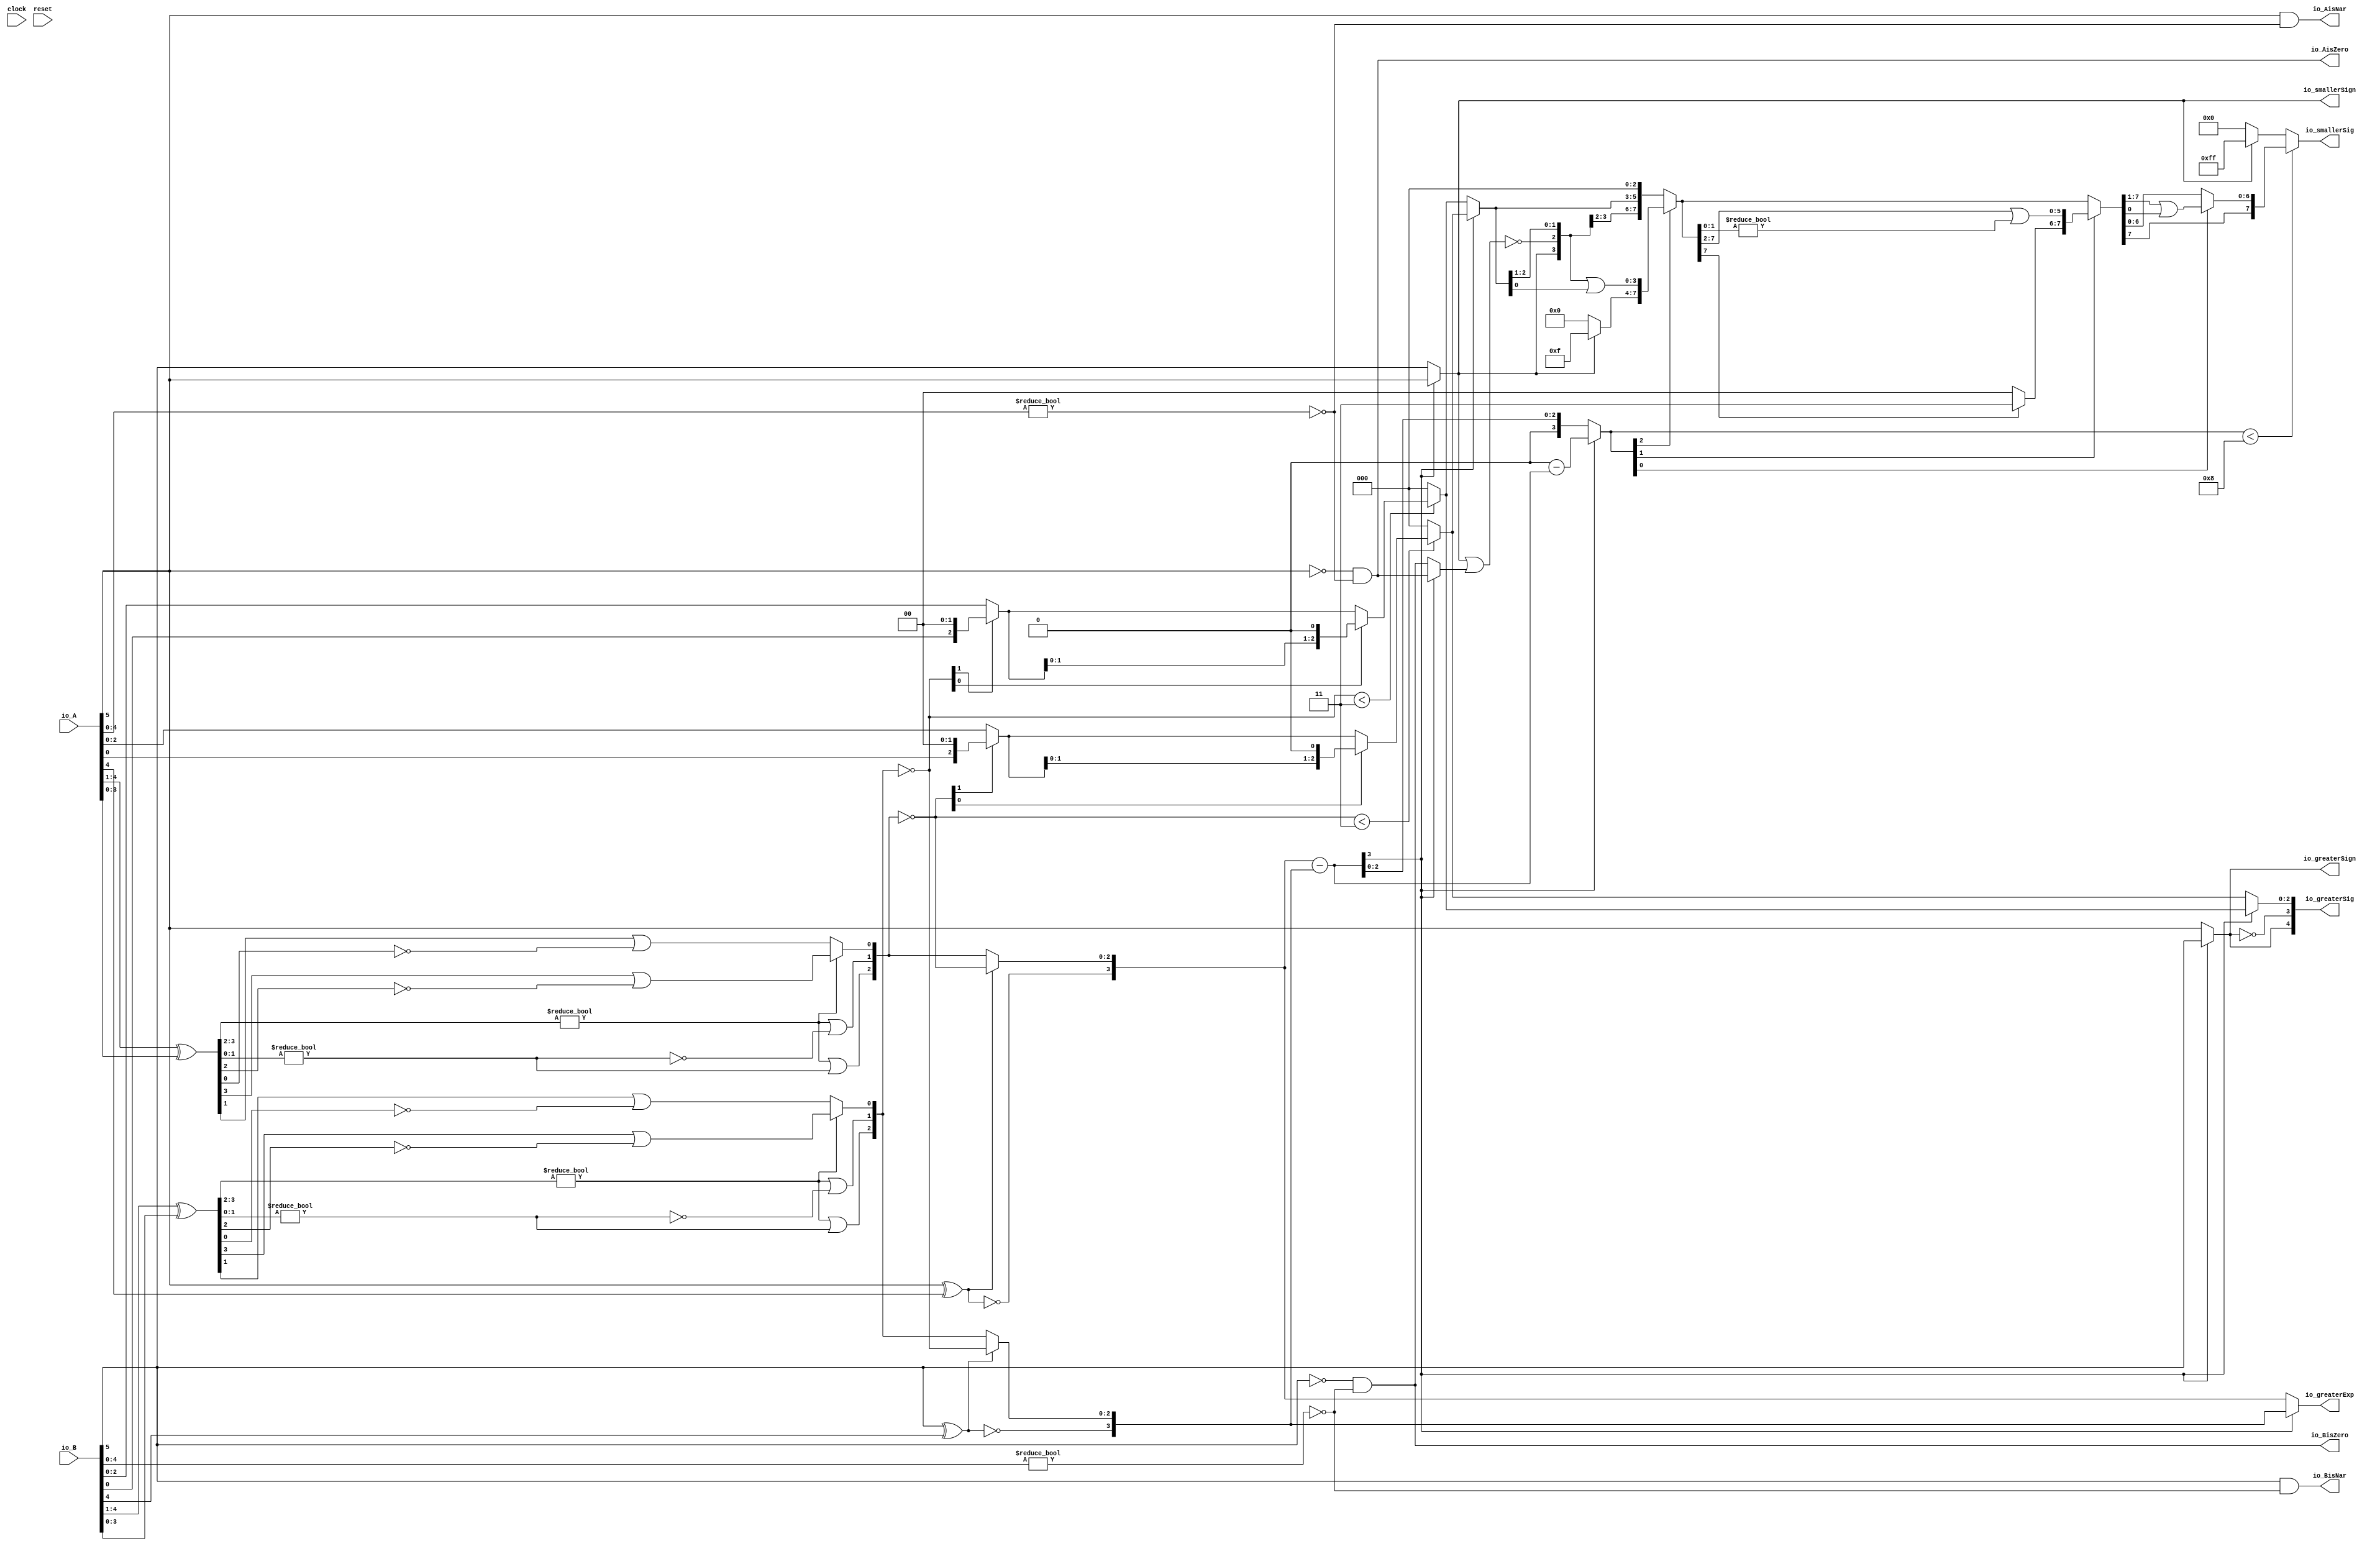
module Sig_op_approx6_0(
  input        clock,
  input        reset,
  input  [5:0] io_A,
  input  [5:0] io_B,
  output       io_greaterSign,
  output       io_smallerSign,
  output [3:0] io_greaterExp,
  output [4:0] io_greaterSig,
  output [7:0] io_smallerSig,
  output       io_AisNar,
  output       io_BisNar,
  output       io_AisZero,
  output       io_BisZero
);
  wire  _T_1; // @[convert.scala 18:24]
  wire  _T_2; // @[convert.scala 18:40]
  wire  _T_3; // @[convert.scala 18:36]
  wire [3:0] _T_4; // @[convert.scala 19:24]
  wire [3:0] _T_5; // @[convert.scala 19:43]
  wire [3:0] _T_6; // @[convert.scala 19:39]
  wire [1:0] _T_7; // @[LZD.scala 43:32]
  wire  _T_8; // @[LZD.scala 39:14]
  wire  _T_9; // @[LZD.scala 39:21]
  wire  _T_10; // @[LZD.scala 39:30]
  wire  _T_11; // @[LZD.scala 39:27]
  wire  _T_12; // @[LZD.scala 39:25]
  wire [1:0] _T_13; // @[Cat.scala 29:58]
  wire [1:0] _T_14; // @[LZD.scala 44:32]
  wire  _T_15; // @[LZD.scala 39:14]
  wire  _T_16; // @[LZD.scala 39:21]
  wire  _T_17; // @[LZD.scala 39:30]
  wire  _T_18; // @[LZD.scala 39:27]
  wire  _T_19; // @[LZD.scala 39:25]
  wire [1:0] _T_20; // @[Cat.scala 29:58]
  wire  _T_21; // @[Shift.scala 12:21]
  wire  _T_22; // @[Shift.scala 12:21]
  wire  _T_23; // @[LZD.scala 49:16]
  wire  _T_24; // @[LZD.scala 49:27]
  wire  _T_25; // @[LZD.scala 49:25]
  wire  _T_26; // @[LZD.scala 49:47]
  wire  _T_27; // @[LZD.scala 49:59]
  wire  _T_28; // @[LZD.scala 49:35]
  wire [2:0] _T_30; // @[Cat.scala 29:58]
  wire [2:0] _T_31; // @[convert.scala 21:22]
  wire [2:0] _T_32; // @[convert.scala 22:36]
  wire  _T_33; // @[Shift.scala 16:24]
  wire [1:0] _T_34; // @[Shift.scala 17:37]
  wire  _T_35; // @[Shift.scala 12:21]
  wire  _T_36; // @[Shift.scala 64:52]
  wire [2:0] _T_38; // @[Cat.scala 29:58]
  wire [2:0] _T_39; // @[Shift.scala 64:27]
  wire  _T_40; // @[Shift.scala 66:70]
  wire [1:0] _T_42; // @[Shift.scala 64:52]
  wire [2:0] _T_43; // @[Cat.scala 29:58]
  wire [2:0] _T_44; // @[Shift.scala 64:27]
  wire [2:0] decA_fraction; // @[Shift.scala 16:10]
  wire  _T_48; // @[convert.scala 25:26]
  wire [2:0] _T_50; // @[convert.scala 25:42]
  wire [3:0] _T_51; // @[Cat.scala 29:58]
  wire [4:0] _T_53; // @[convert.scala 29:56]
  wire  _T_54; // @[convert.scala 29:60]
  wire  _T_55; // @[convert.scala 29:41]
  wire  _T_58; // @[convert.scala 30:19]
  wire  decA_isZero; // @[convert.scala 30:41]
  wire [3:0] decA_scale; // @[convert.scala 32:24]
  wire  _T_67; // @[convert.scala 18:24]
  wire  _T_68; // @[convert.scala 18:40]
  wire  _T_69; // @[convert.scala 18:36]
  wire [3:0] _T_70; // @[convert.scala 19:24]
  wire [3:0] _T_71; // @[convert.scala 19:43]
  wire [3:0] _T_72; // @[convert.scala 19:39]
  wire [1:0] _T_73; // @[LZD.scala 43:32]
  wire  _T_74; // @[LZD.scala 39:14]
  wire  _T_75; // @[LZD.scala 39:21]
  wire  _T_76; // @[LZD.scala 39:30]
  wire  _T_77; // @[LZD.scala 39:27]
  wire  _T_78; // @[LZD.scala 39:25]
  wire [1:0] _T_79; // @[Cat.scala 29:58]
  wire [1:0] _T_80; // @[LZD.scala 44:32]
  wire  _T_81; // @[LZD.scala 39:14]
  wire  _T_82; // @[LZD.scala 39:21]
  wire  _T_83; // @[LZD.scala 39:30]
  wire  _T_84; // @[LZD.scala 39:27]
  wire  _T_85; // @[LZD.scala 39:25]
  wire [1:0] _T_86; // @[Cat.scala 29:58]
  wire  _T_87; // @[Shift.scala 12:21]
  wire  _T_88; // @[Shift.scala 12:21]
  wire  _T_89; // @[LZD.scala 49:16]
  wire  _T_90; // @[LZD.scala 49:27]
  wire  _T_91; // @[LZD.scala 49:25]
  wire  _T_92; // @[LZD.scala 49:47]
  wire  _T_93; // @[LZD.scala 49:59]
  wire  _T_94; // @[LZD.scala 49:35]
  wire [2:0] _T_96; // @[Cat.scala 29:58]
  wire [2:0] _T_97; // @[convert.scala 21:22]
  wire [2:0] _T_98; // @[convert.scala 22:36]
  wire  _T_99; // @[Shift.scala 16:24]
  wire [1:0] _T_100; // @[Shift.scala 17:37]
  wire  _T_101; // @[Shift.scala 12:21]
  wire  _T_102; // @[Shift.scala 64:52]
  wire [2:0] _T_104; // @[Cat.scala 29:58]
  wire [2:0] _T_105; // @[Shift.scala 64:27]
  wire  _T_106; // @[Shift.scala 66:70]
  wire [1:0] _T_108; // @[Shift.scala 64:52]
  wire [2:0] _T_109; // @[Cat.scala 29:58]
  wire [2:0] _T_110; // @[Shift.scala 64:27]
  wire [2:0] decB_fraction; // @[Shift.scala 16:10]
  wire  _T_114; // @[convert.scala 25:26]
  wire [2:0] _T_116; // @[convert.scala 25:42]
  wire [3:0] _T_117; // @[Cat.scala 29:58]
  wire [4:0] _T_119; // @[convert.scala 29:56]
  wire  _T_120; // @[convert.scala 29:60]
  wire  _T_121; // @[convert.scala 29:41]
  wire  _T_124; // @[convert.scala 30:19]
  wire  decB_isZero; // @[convert.scala 30:41]
  wire [3:0] decB_scale; // @[convert.scala 32:24]
  wire [3:0] _T_133; // @[Sig_op_approx.scala 37:30]
  wire [3:0] scale_diff; // @[Sig_op_approx.scala 37:30]
  wire  _T_134; // @[Sig_op_approx.scala 38:37]
  wire  aGTb; // @[Sig_op_approx.scala 38:21]
  wire [2:0] greaterFrac; // @[Sig_op_approx.scala 43:24]
  wire [2:0] smallerFrac; // @[Sig_op_approx.scala 44:24]
  wire  smallerZero; // @[Sig_op_approx.scala 45:24]
  wire [3:0] _T_140; // @[Sig_op_approx.scala 46:35]
  wire [3:0] _T_141; // @[Sig_op_approx.scala 46:35]
  wire [3:0] sdiff; // @[Sig_op_approx.scala 46:18]
  wire  _T_142; // @[Sig_op_approx.scala 51:53]
  wire  _T_143; // @[Sig_op_approx.scala 51:36]
  wire [7:0] _T_146; // @[Cat.scala 29:58]
  wire [3:0] _T_147; // @[Sig_op_approx.scala 51:119]
  wire  _T_148; // @[Shift.scala 39:24]
  wire [2:0] _T_149; // @[Shift.scala 40:44]
  wire [3:0] _T_150; // @[Shift.scala 90:30]
  wire [3:0] _T_151; // @[Shift.scala 90:48]
  wire  _T_152; // @[Shift.scala 90:57]
  wire [3:0] _GEN_0; // @[Shift.scala 90:39]
  wire [3:0] _T_153; // @[Shift.scala 90:39]
  wire  _T_154; // @[Shift.scala 12:21]
  wire  _T_155; // @[Shift.scala 12:21]
  wire [3:0] _T_157; // @[Bitwise.scala 71:12]
  wire [7:0] _T_158; // @[Cat.scala 29:58]
  wire [7:0] _T_159; // @[Shift.scala 91:22]
  wire [1:0] _T_160; // @[Shift.scala 92:77]
  wire [5:0] _T_161; // @[Shift.scala 90:30]
  wire [1:0] _T_162; // @[Shift.scala 90:48]
  wire  _T_163; // @[Shift.scala 90:57]
  wire [5:0] _GEN_1; // @[Shift.scala 90:39]
  wire [5:0] _T_164; // @[Shift.scala 90:39]
  wire  _T_165; // @[Shift.scala 12:21]
  wire  _T_166; // @[Shift.scala 12:21]
  wire [1:0] _T_168; // @[Bitwise.scala 71:12]
  wire [7:0] _T_169; // @[Cat.scala 29:58]
  wire [7:0] _T_170; // @[Shift.scala 91:22]
  wire  _T_171; // @[Shift.scala 92:77]
  wire [6:0] _T_172; // @[Shift.scala 90:30]
  wire  _T_173; // @[Shift.scala 90:48]
  wire [6:0] _GEN_2; // @[Shift.scala 90:39]
  wire [6:0] _T_175; // @[Shift.scala 90:39]
  wire  _T_177; // @[Shift.scala 12:21]
  wire [7:0] _T_178; // @[Cat.scala 29:58]
  wire [7:0] _T_179; // @[Shift.scala 91:22]
  wire [7:0] _T_182; // @[Bitwise.scala 71:12]
  wire  _T_183; // @[Sig_op_approx.scala 57:40]
  wire [1:0] _T_184; // @[Cat.scala 29:58]
  assign _T_1 = io_A[5]; // @[convert.scala 18:24]
  assign _T_2 = io_A[4]; // @[convert.scala 18:40]
  assign _T_3 = _T_1 ^ _T_2; // @[convert.scala 18:36]
  assign _T_4 = io_A[4:1]; // @[convert.scala 19:24]
  assign _T_5 = io_A[3:0]; // @[convert.scala 19:43]
  assign _T_6 = _T_4 ^ _T_5; // @[convert.scala 19:39]
  assign _T_7 = _T_6[3:2]; // @[LZD.scala 43:32]
  assign _T_8 = _T_7 != 2'h0; // @[LZD.scala 39:14]
  assign _T_9 = _T_7[1]; // @[LZD.scala 39:21]
  assign _T_10 = _T_7[0]; // @[LZD.scala 39:30]
  assign _T_11 = ~ _T_10; // @[LZD.scala 39:27]
  assign _T_12 = _T_9 | _T_11; // @[LZD.scala 39:25]
  assign _T_13 = {_T_8,_T_12}; // @[Cat.scala 29:58]
  assign _T_14 = _T_6[1:0]; // @[LZD.scala 44:32]
  assign _T_15 = _T_14 != 2'h0; // @[LZD.scala 39:14]
  assign _T_16 = _T_14[1]; // @[LZD.scala 39:21]
  assign _T_17 = _T_14[0]; // @[LZD.scala 39:30]
  assign _T_18 = ~ _T_17; // @[LZD.scala 39:27]
  assign _T_19 = _T_16 | _T_18; // @[LZD.scala 39:25]
  assign _T_20 = {_T_15,_T_19}; // @[Cat.scala 29:58]
  assign _T_21 = _T_13[1]; // @[Shift.scala 12:21]
  assign _T_22 = _T_20[1]; // @[Shift.scala 12:21]
  assign _T_23 = _T_21 | _T_22; // @[LZD.scala 49:16]
  assign _T_24 = ~ _T_22; // @[LZD.scala 49:27]
  assign _T_25 = _T_21 | _T_24; // @[LZD.scala 49:25]
  assign _T_26 = _T_13[0:0]; // @[LZD.scala 49:47]
  assign _T_27 = _T_20[0:0]; // @[LZD.scala 49:59]
  assign _T_28 = _T_21 ? _T_26 : _T_27; // @[LZD.scala 49:35]
  assign _T_30 = {_T_23,_T_25,_T_28}; // @[Cat.scala 29:58]
  assign _T_31 = ~ _T_30; // @[convert.scala 21:22]
  assign _T_32 = io_A[2:0]; // @[convert.scala 22:36]
  assign _T_33 = _T_31 < 3'h3; // @[Shift.scala 16:24]
  assign _T_34 = _T_31[1:0]; // @[Shift.scala 17:37]
  assign _T_35 = _T_34[1]; // @[Shift.scala 12:21]
  assign _T_36 = _T_32[0:0]; // @[Shift.scala 64:52]
  assign _T_38 = {_T_36,2'h0}; // @[Cat.scala 29:58]
  assign _T_39 = _T_35 ? _T_38 : _T_32; // @[Shift.scala 64:27]
  assign _T_40 = _T_34[0:0]; // @[Shift.scala 66:70]
  assign _T_42 = _T_39[1:0]; // @[Shift.scala 64:52]
  assign _T_43 = {_T_42,1'h0}; // @[Cat.scala 29:58]
  assign _T_44 = _T_40 ? _T_43 : _T_39; // @[Shift.scala 64:27]
  assign decA_fraction = _T_33 ? _T_44 : 3'h0; // @[Shift.scala 16:10]
  assign _T_48 = _T_3 == 1'h0; // @[convert.scala 25:26]
  assign _T_50 = _T_3 ? _T_31 : _T_30; // @[convert.scala 25:42]
  assign _T_51 = {_T_48,_T_50}; // @[Cat.scala 29:58]
  assign _T_53 = io_A[4:0]; // @[convert.scala 29:56]
  assign _T_54 = _T_53 != 5'h0; // @[convert.scala 29:60]
  assign _T_55 = ~ _T_54; // @[convert.scala 29:41]
  assign _T_58 = _T_1 == 1'h0; // @[convert.scala 30:19]
  assign decA_isZero = _T_58 & _T_55; // @[convert.scala 30:41]
  assign decA_scale = $signed(_T_51); // @[convert.scala 32:24]
  assign _T_67 = io_B[5]; // @[convert.scala 18:24]
  assign _T_68 = io_B[4]; // @[convert.scala 18:40]
  assign _T_69 = _T_67 ^ _T_68; // @[convert.scala 18:36]
  assign _T_70 = io_B[4:1]; // @[convert.scala 19:24]
  assign _T_71 = io_B[3:0]; // @[convert.scala 19:43]
  assign _T_72 = _T_70 ^ _T_71; // @[convert.scala 19:39]
  assign _T_73 = _T_72[3:2]; // @[LZD.scala 43:32]
  assign _T_74 = _T_73 != 2'h0; // @[LZD.scala 39:14]
  assign _T_75 = _T_73[1]; // @[LZD.scala 39:21]
  assign _T_76 = _T_73[0]; // @[LZD.scala 39:30]
  assign _T_77 = ~ _T_76; // @[LZD.scala 39:27]
  assign _T_78 = _T_75 | _T_77; // @[LZD.scala 39:25]
  assign _T_79 = {_T_74,_T_78}; // @[Cat.scala 29:58]
  assign _T_80 = _T_72[1:0]; // @[LZD.scala 44:32]
  assign _T_81 = _T_80 != 2'h0; // @[LZD.scala 39:14]
  assign _T_82 = _T_80[1]; // @[LZD.scala 39:21]
  assign _T_83 = _T_80[0]; // @[LZD.scala 39:30]
  assign _T_84 = ~ _T_83; // @[LZD.scala 39:27]
  assign _T_85 = _T_82 | _T_84; // @[LZD.scala 39:25]
  assign _T_86 = {_T_81,_T_85}; // @[Cat.scala 29:58]
  assign _T_87 = _T_79[1]; // @[Shift.scala 12:21]
  assign _T_88 = _T_86[1]; // @[Shift.scala 12:21]
  assign _T_89 = _T_87 | _T_88; // @[LZD.scala 49:16]
  assign _T_90 = ~ _T_88; // @[LZD.scala 49:27]
  assign _T_91 = _T_87 | _T_90; // @[LZD.scala 49:25]
  assign _T_92 = _T_79[0:0]; // @[LZD.scala 49:47]
  assign _T_93 = _T_86[0:0]; // @[LZD.scala 49:59]
  assign _T_94 = _T_87 ? _T_92 : _T_93; // @[LZD.scala 49:35]
  assign _T_96 = {_T_89,_T_91,_T_94}; // @[Cat.scala 29:58]
  assign _T_97 = ~ _T_96; // @[convert.scala 21:22]
  assign _T_98 = io_B[2:0]; // @[convert.scala 22:36]
  assign _T_99 = _T_97 < 3'h3; // @[Shift.scala 16:24]
  assign _T_100 = _T_97[1:0]; // @[Shift.scala 17:37]
  assign _T_101 = _T_100[1]; // @[Shift.scala 12:21]
  assign _T_102 = _T_98[0:0]; // @[Shift.scala 64:52]
  assign _T_104 = {_T_102,2'h0}; // @[Cat.scala 29:58]
  assign _T_105 = _T_101 ? _T_104 : _T_98; // @[Shift.scala 64:27]
  assign _T_106 = _T_100[0:0]; // @[Shift.scala 66:70]
  assign _T_108 = _T_105[1:0]; // @[Shift.scala 64:52]
  assign _T_109 = {_T_108,1'h0}; // @[Cat.scala 29:58]
  assign _T_110 = _T_106 ? _T_109 : _T_105; // @[Shift.scala 64:27]
  assign decB_fraction = _T_99 ? _T_110 : 3'h0; // @[Shift.scala 16:10]
  assign _T_114 = _T_69 == 1'h0; // @[convert.scala 25:26]
  assign _T_116 = _T_69 ? _T_97 : _T_96; // @[convert.scala 25:42]
  assign _T_117 = {_T_114,_T_116}; // @[Cat.scala 29:58]
  assign _T_119 = io_B[4:0]; // @[convert.scala 29:56]
  assign _T_120 = _T_119 != 5'h0; // @[convert.scala 29:60]
  assign _T_121 = ~ _T_120; // @[convert.scala 29:41]
  assign _T_124 = _T_67 == 1'h0; // @[convert.scala 30:19]
  assign decB_isZero = _T_124 & _T_121; // @[convert.scala 30:41]
  assign decB_scale = $signed(_T_117); // @[convert.scala 32:24]
  assign _T_133 = $signed(decA_scale) - $signed(decB_scale); // @[Sig_op_approx.scala 37:30]
  assign scale_diff = $signed(_T_133); // @[Sig_op_approx.scala 37:30]
  assign _T_134 = scale_diff[3:3]; // @[Sig_op_approx.scala 38:37]
  assign aGTb = ~ _T_134; // @[Sig_op_approx.scala 38:21]
  assign greaterFrac = aGTb ? decA_fraction : decB_fraction; // @[Sig_op_approx.scala 43:24]
  assign smallerFrac = aGTb ? decB_fraction : decA_fraction; // @[Sig_op_approx.scala 44:24]
  assign smallerZero = aGTb ? decB_isZero : decA_isZero; // @[Sig_op_approx.scala 45:24]
  assign _T_140 = $signed(4'sh0) - $signed(scale_diff); // @[Sig_op_approx.scala 46:35]
  assign _T_141 = $signed(_T_140); // @[Sig_op_approx.scala 46:35]
  assign sdiff = aGTb ? $signed(scale_diff) : $signed(_T_141); // @[Sig_op_approx.scala 46:18]
  assign _T_142 = io_smallerSign | smallerZero; // @[Sig_op_approx.scala 51:53]
  assign _T_143 = ~ _T_142; // @[Sig_op_approx.scala 51:36]
  assign _T_146 = {io_smallerSign,_T_143,smallerFrac,3'h0}; // @[Cat.scala 29:58]
  assign _T_147 = $unsigned(sdiff); // @[Sig_op_approx.scala 51:119]
  assign _T_148 = _T_147 < 4'h8; // @[Shift.scala 39:24]
  assign _T_149 = _T_147[2:0]; // @[Shift.scala 40:44]
  assign _T_150 = _T_146[7:4]; // @[Shift.scala 90:30]
  assign _T_151 = _T_146[3:0]; // @[Shift.scala 90:48]
  assign _T_152 = _T_151 != 4'h0; // @[Shift.scala 90:57]
  assign _GEN_0 = {{3'd0}, _T_152}; // @[Shift.scala 90:39]
  assign _T_153 = _T_150 | _GEN_0; // @[Shift.scala 90:39]
  assign _T_154 = _T_149[2]; // @[Shift.scala 12:21]
  assign _T_155 = _T_146[7]; // @[Shift.scala 12:21]
  assign _T_157 = _T_155 ? 4'hf : 4'h0; // @[Bitwise.scala 71:12]
  assign _T_158 = {_T_157,_T_153}; // @[Cat.scala 29:58]
  assign _T_159 = _T_154 ? _T_158 : _T_146; // @[Shift.scala 91:22]
  assign _T_160 = _T_149[1:0]; // @[Shift.scala 92:77]
  assign _T_161 = _T_159[7:2]; // @[Shift.scala 90:30]
  assign _T_162 = _T_159[1:0]; // @[Shift.scala 90:48]
  assign _T_163 = _T_162 != 2'h0; // @[Shift.scala 90:57]
  assign _GEN_1 = {{5'd0}, _T_163}; // @[Shift.scala 90:39]
  assign _T_164 = _T_161 | _GEN_1; // @[Shift.scala 90:39]
  assign _T_165 = _T_160[1]; // @[Shift.scala 12:21]
  assign _T_166 = _T_159[7]; // @[Shift.scala 12:21]
  assign _T_168 = _T_166 ? 2'h3 : 2'h0; // @[Bitwise.scala 71:12]
  assign _T_169 = {_T_168,_T_164}; // @[Cat.scala 29:58]
  assign _T_170 = _T_165 ? _T_169 : _T_159; // @[Shift.scala 91:22]
  assign _T_171 = _T_160[0:0]; // @[Shift.scala 92:77]
  assign _T_172 = _T_170[7:1]; // @[Shift.scala 90:30]
  assign _T_173 = _T_170[0:0]; // @[Shift.scala 90:48]
  assign _GEN_2 = {{6'd0}, _T_173}; // @[Shift.scala 90:39]
  assign _T_175 = _T_172 | _GEN_2; // @[Shift.scala 90:39]
  assign _T_177 = _T_170[7]; // @[Shift.scala 12:21]
  assign _T_178 = {_T_177,_T_175}; // @[Cat.scala 29:58]
  assign _T_179 = _T_171 ? _T_178 : _T_170; // @[Shift.scala 91:22]
  assign _T_182 = _T_155 ? 8'hff : 8'h0; // @[Bitwise.scala 71:12]
  assign _T_183 = ~ io_greaterSign; // @[Sig_op_approx.scala 57:40]
  assign _T_184 = {io_greaterSign,_T_183}; // @[Cat.scala 29:58]
  assign io_greaterSign = aGTb ? _T_1 : _T_67; // @[Sig_op_approx.scala 39:18]
  assign io_smallerSign = aGTb ? _T_67 : _T_1; // @[Sig_op_approx.scala 40:18]
  assign io_greaterExp = aGTb ? $signed(decA_scale) : $signed(decB_scale); // @[Sig_op_approx.scala 41:18]
  assign io_greaterSig = {_T_184,greaterFrac}; // @[Sig_op_approx.scala 57:17]
  assign io_smallerSig = _T_148 ? _T_179 : _T_182; // @[Sig_op_approx.scala 52:17]
  assign io_AisNar = _T_1 & _T_55; // @[Sig_op_approx.scala 47:13]
  assign io_BisNar = _T_67 & _T_121; // @[Sig_op_approx.scala 48:13]
  assign io_AisZero = _T_58 & _T_55; // @[Sig_op_approx.scala 49:14]
  assign io_BisZero = _T_124 & _T_121; // @[Sig_op_approx.scala 50:14]
endmodule